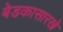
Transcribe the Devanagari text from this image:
बेडकासारखे